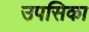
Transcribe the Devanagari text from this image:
उपसिका